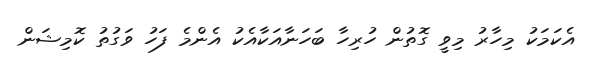
އެކަމަކު މިހާރު މިވީ ގޮތުން ހުރިހާ ބަހަނާއަކާއެކު އެންމެ ފަހު ވަގުތު ކޮމިޝަން